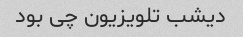
دیشب تلویزیون چی بود